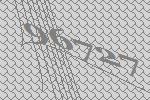
96727